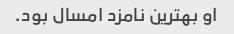
او بهترین نامزد امسال بود.